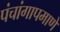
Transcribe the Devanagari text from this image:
पंचांगापमाणे